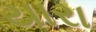
યારા